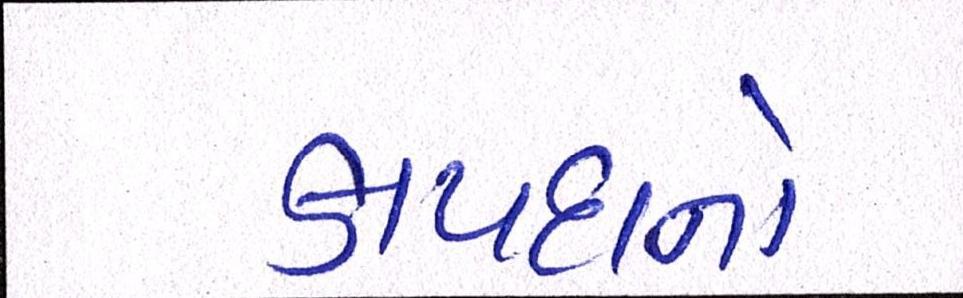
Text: કાયદાનો